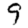
Digit: 9